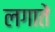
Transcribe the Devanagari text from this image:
लगातें